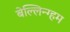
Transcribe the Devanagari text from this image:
बेल्लिन्ग्हम